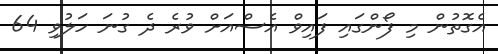
އެގޮތުން މި ފޯންގައި ފައިވް އެސްއަށް ވުރެ ދެ ގުނަ ހަލުވި 64